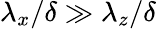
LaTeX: {\lambda}_{x}/\delta\gg{\lambda}_{z}/\delta